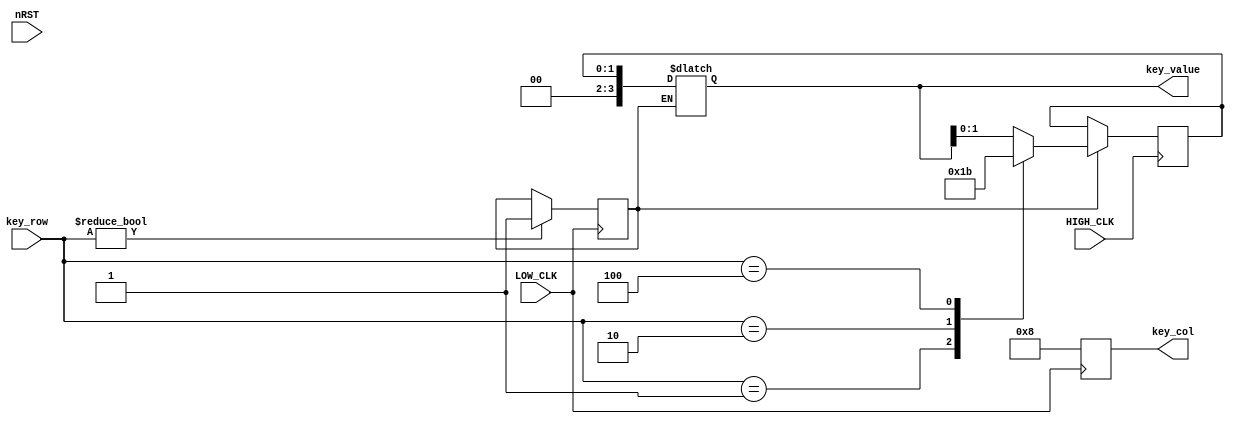
module Scan_Key(
    input HIGH_CLK,
	 input LOW_CLK,
    input nRST,
    output reg [3:0] key_col, 
    input [3:0] key_row, 
    output reg [3:0] key_value 
);
reg pressed_flag=0;
reg [1:0]key_value_temp;
always@(posedge LOW_CLK )
	begin
			key_col<=4'b1000;
			if(key_row!=4'b0000)
				begin pressed_flag<=1;end
		
	end
	
always@(posedge HIGH_CLK)
begin
if(pressed_flag)
begin
case(key_row)
	4'b0001:key_value_temp<=1;
	4'b0010:key_value_temp<=2;
	4'b0100:key_value_temp<=3;
	default:key_value_temp<=key_value;
	endcase
	end
end

always@(*)
begin
if(pressed_flag) begin key_value<=key_value_temp; end
else begin key_value<=key_value;end
end
endmodule